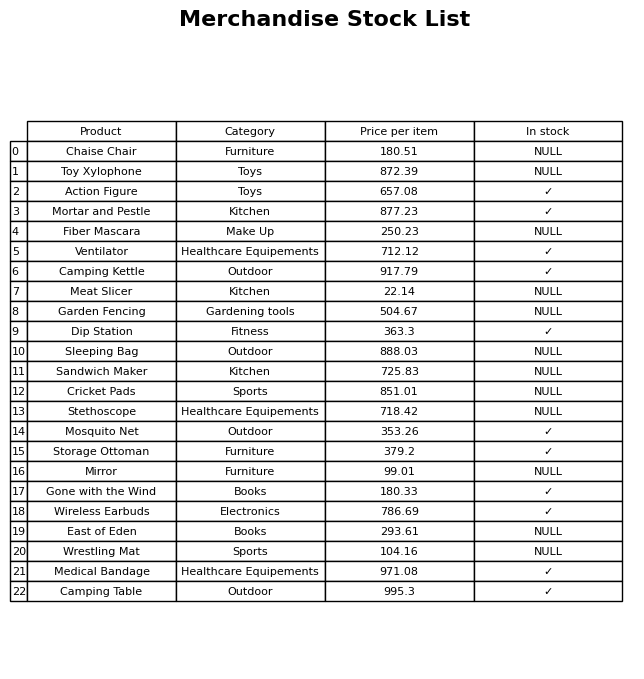
question: What is the price for Action Figure?
answer: The price of Action Figure is 657.08.